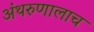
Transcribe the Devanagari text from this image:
अंथरुणालाच